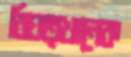
বিঘত্খানেক